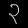
Digit: ၃